Vital statistics of India. Vol. VI, European troops 1870-79
Year: 1870
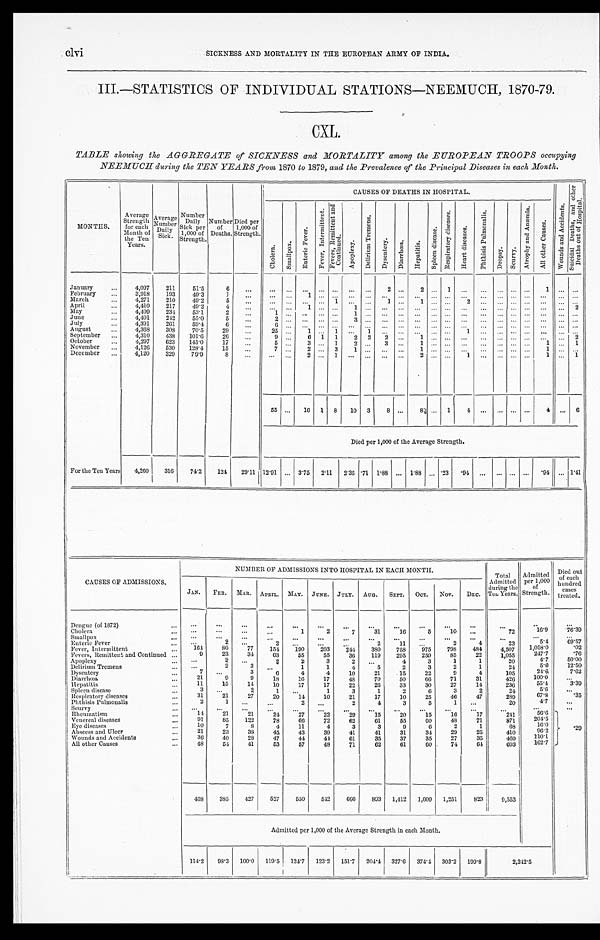
clvi
SICKNESS AND MORTALITY IN THE EUROPEAN ARMY OF INDIA.
III.—STATISTICS OF INDIVIDUAL STATIONS—NEEMUCH, 1870-79.
CXL.
TABLE showing the AGGREGATE of SICKNESS and MORTALITY among the EUROPEAN TROOPS occupying
NEEMUCH during the TEN YEARS from 1870 to 1879, and the Prevalence of the Principal Diseases in each Month.
MONTHS.
Average
Strength for each
Month of
the Ten
Years.
Av e r a g e Nu mb e r Da i l y S i c k .
Number
Daily
Sick per
1,000 of
Strength
Number of
Deaths.
Died per
1,000 of
Strength.
CAUSES OF DEATHS IN HOSPITAL.
W o u n d s a n d A c c i d e n t s .
S u i c i d a l D e a t h s , a n d o t h e r D e a t h s o u t o f H o s p i t a l .
C h o l e r a .
S m a l l p o x .
E n t e r i c F e v e r .
F e v e r , I n t e r m i t t e n t .
F e v e r s , R e m i t t e n t a n d C o n t i n u e d .
A p o p l e x y .
D e l i r i u m T r e m e n s .
D y s e n t e r y .
D i a r r h œ a . H e p a t i t i s .
S p l e e n d i s e a s e .
R e s p i r a t o r y d i s e a s e s .
H e a r t d i s e a s e s .
P h t h i s i s P u l m o n a l i s .
D r o p s y . S c u r v y .
A t r o p h y a n d A n æ m i a .
A l l o t h e r C a u s e s .
January
4,097 211
51.5
6
2
2
1
1
February
3,918 193 49.3
1
1
March
4,271 210 49.2
5
1
1
1
2
April
4,410 217 49.2
4
1
1
2
May
4,409 234 53.1
2
1
1
June
4 , 4 0 1 242 55.0
5
2
3
July
4,391 261
59.4
6
6
August
4,368 308 70.5
29
25
1
1
1
September
4,310 438 101.6 26
9
6 1 1
2 2
2
1
1
2
October
4,297 623 145.0
17
5
3
1
2
3
1
1
1
November
4,126 530 128.4 15
7
2
3 1
1
1
December
4,120 329 79.9
8
2
1
2
1
1
1
55
16 1 8 10 3 8
8
1
4
4
6
Died per 1,000 of the Average Strength.
For the Ten Years 4,260 316 74.2 124 29.11 12.91
3.75 2.11 2.35 .71
1 . 8 8
1 . 8 8 .23 .94
.94
1.41
CAUSES OF ADMISSIONS.
NUMBER OF ADMISSIONS INTO HOSPITAL IN EACH MONTH.
Total
Admitted
during the
Ten Years.
Admitted per 1,000
of
Strength.
Died out
of each
hundred
cases treated.
JAN. FEB. MAR. APRIL. MAY. JUNE. JULY. AUG. SEPT. OCT. NOV. DEC.
Dengue (of 1872)
Cholera
1
2 7
31
16
5
10
72
16. 9
76.39
Smallpox Enteric Fever
2
2
2
11
2
4
23
5.4
6 9 . 5 7
Fever, Intermittent
164
80
77 154 190 203 2 4 4
380 758 975 798 484
4,507 1, 058. 0
.02
Fevers, Remittent and Continued
9
23
34
63
55
55
36 119 295 259
85
22
1,055
247.7
.76
Apoplexy
2
2
2
3 2
4
3
1
1
20
4.7
50. 00
Delirium Tremens
2
3
1
1
4
5
2
3
2
1
24
5. 6
12.50
Dysentery
7
3
6
4
4
10
21
15
22
9
4
105
24. 6
7.62
Diarrhœa
21
9
9
18
16
17
48
70
50
66
71
31
426
100. 0
Hepatitis
11
15
14
10
17
17
22
26
33
30
27
14
236
55. 4
3 . 3 9
Spleen disease
3
2
1
1
3
1
2
6
3
2
24
5. 6
Respiratory diseases
31
21
27
20
14
10
21
17
10
25
46
47
289
67.8
.35
Phthisis Pulmonalis
2
1
2
2
4
3
5 1
20
4. 7
Scurvy Rheumatism
14
21
21 2 4
27
22
29
15
20
15
16
17
241
56. 6
.29
Venereal diseases
91
85 122
78
66
72
62
61
55
60
48
71
871
204.5
Eye diseases
10
7
8
4
11
4
3
3
9
6
2
1
68
16. 0
Abscess and Ulcer
21
23
38
45
43
39
41
41
31
34
29
25
410
96.2
Wounds and Accidents
36
40
28
47
44
44
61
35
37
35
27
35
469
110.1
All other Causes
48
54
41
53
57
48
71
62
61
60
74
64
693
1 6 2 . 7
4 6 8
385 427 527 550 5 4 2
666
8 9 3 1,412 1,609 1,251 823
9,553
Admitted per 1,000 of the Average Strength in each Month.
114.2 98.3 100. 0 119.5 124.7 123. 2 151.7 204. 4 327.6 374. 4 303.2 199. 8
2 , 2 4 2 . 5